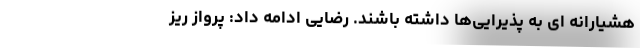
هشیارانه ای به پذیرایی‌ها داشته باشند. رضایی ادامه داد: پرواز ریز